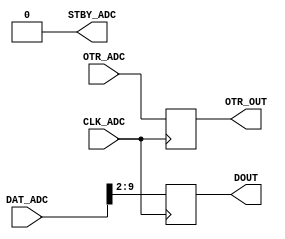

module ADC_interface(
  CLK_ADC  ,   //  adc clk
  DAT_ADC  ,   //  input data, from adc 
  OTR_ADC  ,   //  from adc , signal out of range flag
  OTR_OUT  ,   //  output otr flag
  STBY_ADC ,   //  adc stand by, set 0 make adc running 
  DOUT     );   //  data out


input        CLK_ADC  ;  
input  [9:0] DAT_ADC  ;  
input        OTR_ADC  ;
output       OTR_OUT  ;
output       STBY_ADC ;

output [7:0] DOUT     ; 


reg [7:0] DOUTR   ; 

reg       OTR_OUT;

always @ (posedge CLK_ADC) begin  
  DOUTR    <= DAT_ADC[9:2]   ; 
  OTR_OUT <= OTR_ADC;
end

assign STBY_ADC = 1'b0;
assign DOUT = DOUTR;
endmodule


//////////////////// DAC  2 /////////////////////////
// input is signed , output is unsigned
module DAC_interface(
  CLKIN   ,   //  input clk
  DATIN   ,   //  input data
  DAT2DAC );   //  data to dac


input           CLKIN;
input  [12-1:0]  DATIN   ;
output [12-1:0] DAT2DAC ;


reg [12-1:0]  DAT2DAC ;
reg [12-1:0]  datin_R1;

always @ (posedge CLKIN) begin
  datin_R1 [11]    <= ~ DATIN[11]; // inverse the msb to unsigned
  datin_R1 [10: 0] <= DATIN[10:0];
  DAT2DAC          <= (datin_R1>>1);
end


endmodule
////////////////////   /////////////////////////
module bus_LSB_staff_zero(
  IN    ,   
  OUT   );
parameter INWL     = 8;
parameter OUTWL    = 16;

input   [INWL -1:0] IN ;
output  [OUTWL-1:0] OUT;

assign OUT[OUTWL-1:OUTWL - INWL ] = IN;
assign OUT[INWL-1:0] = 0;

endmodule


////////////////////   /////////////////////////
module shift_reg_SIPO(
  RST   ,   //  
  CLK   ,   // 
  EN    ,   // 
  IN    ,   // 
  OUT   );  // 
parameter SHLEN = 6;
input RST, CLK, EN;
input IN;
output[SHLEN-1:0] OUT;
reg [SHLEN-1:0] shift_R;

assign OUT[SHLEN-1:0] = shift_R[SHLEN-1:0];
//  
// shift_R D
always @ (posedge CLK or posedge RST) begin
  if(RST) 
    shift_R[SHLEN-1:0] <= 0;
  else
    if(EN) begin // 
      shift_R[SHLEN-1:1] <= shift_R[SHLEN-2:0];
      shift_R[0]   <= IN;
    end
    else begin // 
      shift_R[SHLEN-1:0] <= shift_R[SHLEN-1:0];
    end
end // always
endmodule

////////////////////   /////////////////////////
module cnt_sync(
  CLK   ,   // clock
  CNTVAL,   // counter value
  OV    );  // overflow
input CLK;
output [32-1:0] CNTVAL;
output OV;
parameter MAX_VAL = 25_000_000;
reg [32-1:0] CNTVAL;
reg OV;

always @ (posedge CLK) begin
  if(CNTVAL >= MAX_VAL)
    CNTVAL <= 0;
  else
    CNTVAL <= CNTVAL + 1'b1;
end

always @ (CNTVAL) begin
  if(CNTVAL == MAX_VAL)
    OV = 1'b1;
  else
    OV = 1'b0;
end

endmodule   // module cnt_en_0to9
////////////////////   /////////////////////////
module cnt_incr(
  CLK   ,   // clock
  INCR  ,   // counter increase value 
  CNTVAL);  // counter value
input CLK;
input  [7-1:0] INCR;
output [7-1:0] CNTVAL;

reg [7-1:0] CNTVAL;

always @ (posedge CLK) begin
  CNTVAL <= INCR + CNTVAL;
end
endmodule   // module cnt_incr

/////////////////////  /////////////////////////////////

module cnt_en_0to9(
  CLK   ,   // clock
  CNTVAL,   // counter value
  EN    ,
  OV    );  // overflow
input CLK;
input EN;
output [4-1:0] CNTVAL;
output OV;

reg [4-1:0] CNTVAL;
reg OV;

always @ (posedge CLK) begin
  if(EN) begin  // work enable
    if(CNTVAL >= 9)
      CNTVAL <= 0;
    else
      CNTVAL <= CNTVAL + 1'b1;
  end
  else
    CNTVAL <= CNTVAL ;  // hold same value
end

always @ (CNTVAL) begin
  if(CNTVAL == 9)
    OV = 1'b1;
  else
    OV = 1'b0;
end

endmodule   // module cnt_en_0to9
////////////////////////////////////////////////////////////////////////////////
module cnt_0to9(
  CLK   ,   // clock
  CNTVAL,   // counter value
  OV    );  // overflow
input CLK;
output [4-1:0] CNTVAL;
output OV;

reg [4-1:0] CNTVAL;
reg OV;

always @ (posedge CLK) begin
  if(CNTVAL >= 9)
    CNTVAL <= 0;
  else
    CNTVAL <= CNTVAL + 1'b1;
end

always @ (CNTVAL) begin
  if(CNTVAL == 9)
    OV = 1'b1;
  else
    OV = 1'b0;
end

endmodule   // module cnt_0to9
////////////////////////////////////////////////////////////////////////////////
module dec_2to4(
IN  ,
OUT);
input  [2-1:0] IN  ;
output [4-1:0] OUT ;

reg [4-1:0] OUT ;

always @ (IN) begin
  case(IN)
    2'b00: OUT = 4'b 0001;
    2'b01: OUT = 4'b 0010;
    2'b10: OUT = 4'b 0100;
    2'b11: OUT = 4'b 1000;
  endcase
end

endmodule // module dec_2to4;